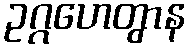
ဥဂ္ဂဟေတွာန